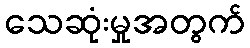
သေဆုံးမှုအတွက်